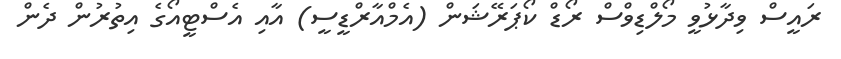
ރައީސް ވިދާޅުވީ މޯލްޑިވްސް ރޯޑް ކޯޕަރޭޝަން (އެމްއާރްޑީސީ) އާއި އެސްޓީއޯގެ އިތުރުން ދެން